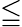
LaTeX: \leqq